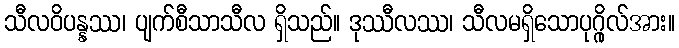
သီလဝိပန္နဿ၊ ပျက်စီသာသီလ ရှိသည်။ ဒုဿီလဿ၊ သီလမရှိသောပုဂ္ဂိုလ်အား။